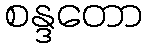
စန္ဒတော